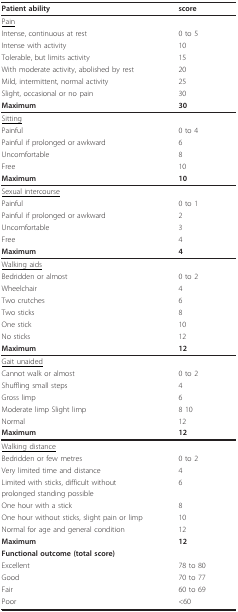
<table><thead><tr><td><b>Patient ability</b></td><td><b>score</b></td></tr></thead><tbody><tr><td><underline>Pain</underline></td><td></td></tr><tr><td>Intense, continuous at rest</td><td>0 to 5</td></tr><tr><td>Intense with activity</td><td>10</td></tr><tr><td>Tolerable, but limits activity</td><td>15</td></tr><tr><td>With moderate activity, abolished by rest</td><td>20</td></tr><tr><td>Mild, intermittent, normal activity</td><td>25</td></tr><tr><td>Slight, occasional or no pain</td><td>30</td></tr><tr><td><b>Maximum</b></td><td><b>30</b></td></tr><tr><td><underline>Sitting</underline></td><td></td></tr><tr><td>Painful</td><td>0 to 4</td></tr><tr><td>Painful if prolonged or awkward</td><td>6</td></tr><tr><td>Uncomfortable</td><td>8</td></tr><tr><td>Free</td><td>10</td></tr><tr><td><b>Maximum</b></td><td><b>10</b></td></tr><tr><td><underline>Sexual intercourse</underline></td><td></td></tr><tr><td>Painful</td><td>0 to 1</td></tr><tr><td>Painful if prolonged or awkward</td><td>2</td></tr><tr><td>Uncomfortable</td><td>3</td></tr><tr><td>Free</td><td>4</td></tr><tr><td><b>Maximum</b></td><td><b>4</b></td></tr><tr><td><underline>Walking aids</underline></td><td></td></tr><tr><td>Bedridden or almost</td><td>0 to 2</td></tr><tr><td>Wheelchair</td><td>4</td></tr><tr><td>Two crutches</td><td>6</td></tr><tr><td>Two sticks</td><td>8</td></tr><tr><td>One stick</td><td>10</td></tr><tr><td>No sticks</td><td>12</td></tr><tr><td><b>Maximum</b></td><td><b>12</b></td></tr><tr><td><underline>Gait unaided</underline></td><td></td></tr><tr><td>Cannot walk or almost</td><td>0 to 2</td></tr><tr><td>Shuffling small steps</td><td>4</td></tr><tr><td>Gross limp</td><td>6</td></tr><tr><td>Moderate limp Slight limp</td><td>8 10</td></tr><tr><td>Normal</td><td>12</td></tr><tr><td><b>Maximum</b></td><td><b>12</b></td></tr><tr><td><underline>Walking distance</underline></td><td></td></tr><tr><td>Bedridden or few metres</td><td>0 to 2</td></tr><tr><td>Very limited time and distance</td><td>4</td></tr><tr><td>Limited with sticks, difficult without</td><td>6</td></tr><tr><td>prolonged standing possible</td><td></td></tr><tr><td>One hour with a stick</td><td>8</td></tr><tr><td>One hour without sticks, slight pain or limp</td><td>10</td></tr><tr><td>Normal for age and general condition</td><td>12</td></tr><tr><td><b>Maximum</b></td><td><b>12</b></td></tr><tr><td><b>Functional outcome (total score)</b></td><td></td></tr><tr><td>Excellent</td><td>78 to 80</td></tr><tr><td>Good</td><td>70 to 77</td></tr><tr><td>Fair</td><td>60 to 69</td></tr><tr><td>Poor</td><td>&lt;60</td></tr></tbody></table>